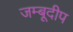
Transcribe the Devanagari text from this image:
जम्बूदीप